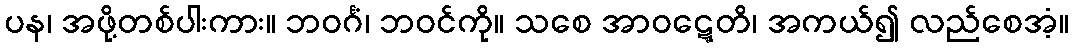
ပန၊ အဖို့တစ်ပါးကား။ ဘဝင်္ဂံ၊ ဘဝင်ကို။ သစေ အာဝဋ္ဋေတိ၊ အကယ်၍ လည်စေအံ့။